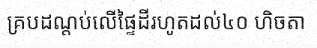
គ្របដណ្តប់លើផ្ទៃដីរហូតដល់៤០ ហិចតា